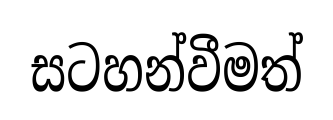
සටහන්වීමත්